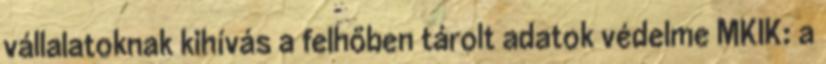
vállalatoknak kihívás a felhőben tárolt adatok védelme MKIK: a